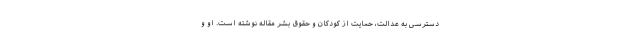
دسترسی به عدالت، حمایت از کودکان و حقوق بشر مقاله نوشته است. او و